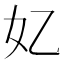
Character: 𫰆